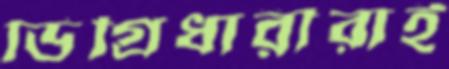
ডিগ্রিধারীরাই